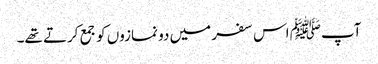
آپﷺ اس سفر میں دو نمازوں کو جمع کرتے تھے۔